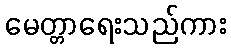
မေတ္တာရေးသည်ကား